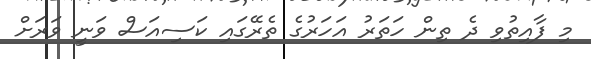
މި ފާއިތުވި ދެ ތިން ހަތަރު އަހަރުގެ ތެރޭގައި ކަސިއަސް ވަނީ ވަރަށް